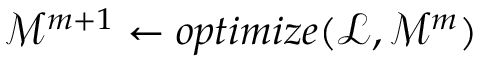
\mathcal { M } ^ { m + 1 } \gets o p t i m i z e ( \mathcal { L } , \mathcal { M } ^ { m } )